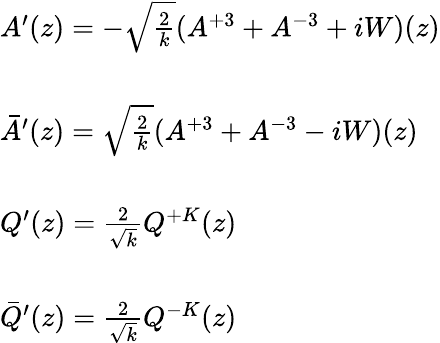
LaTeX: \begin{array}{l}{{A^{\prime}(z)=-\sqrt{\frac{2}{k}}(A^{+3}+A^{-3}+iW)(z)}}\\ {{\ }}\\ {{\bar{A}^{\prime}(z)=\sqrt{\frac{2}{k}}(A^{+3}+A^{-3}-iW)(z)}}\\ {{\ }}\\ {{Q^{\prime}(z)=\frac{2}{\sqrt{k}}Q^{+K}(z)}}\\ {{\ }}\\ {{\bar{Q}^{\prime}(z)=\frac{2}{\sqrt{k}}Q^{-K}(z)}}\end{array}